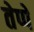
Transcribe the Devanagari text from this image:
तेप्पे